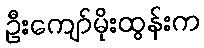
ဦးကျော်မိုးထွန်းက